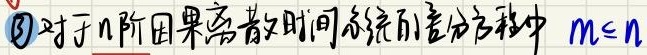
\textcircled{3}对于$n$阶因果离散时间系统的差分方程中$m\leq n$